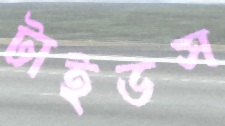
টাইডস